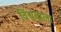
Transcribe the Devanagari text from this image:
विंचवाला